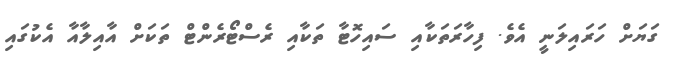
ގަޔަށް ހަރައިލަނީ އެވެ. ފިހާރަތަކާއި ސައިހޮޓާ ތަކާއި ރެސްޓޯރެންޓް ތަކަށް އާއިލާއާ އެކުގައި